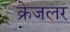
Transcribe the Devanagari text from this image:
क्रेजलर